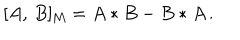
[ A , \, B ] _ { \mathrm { M } } = A * B - B * A \, .